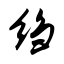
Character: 绉